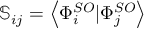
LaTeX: \mathbb { S } _ { i j } = \left\langle \Phi _ { i } ^ { S O } | \Phi _ { j } ^ { S O } \right\rangle